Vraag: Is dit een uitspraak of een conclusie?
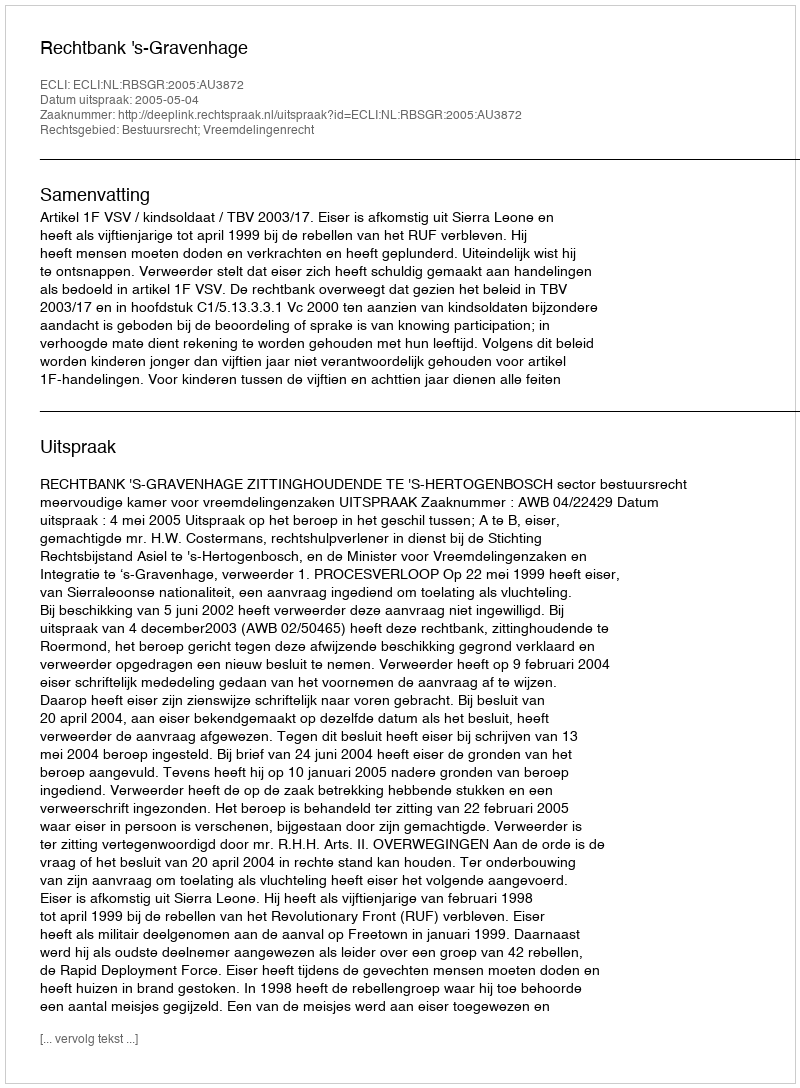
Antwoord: Uitspraak